Civil Veterinary Department Bihar & Orissa reports 1929-36 - 1929-1936
Year: 1929
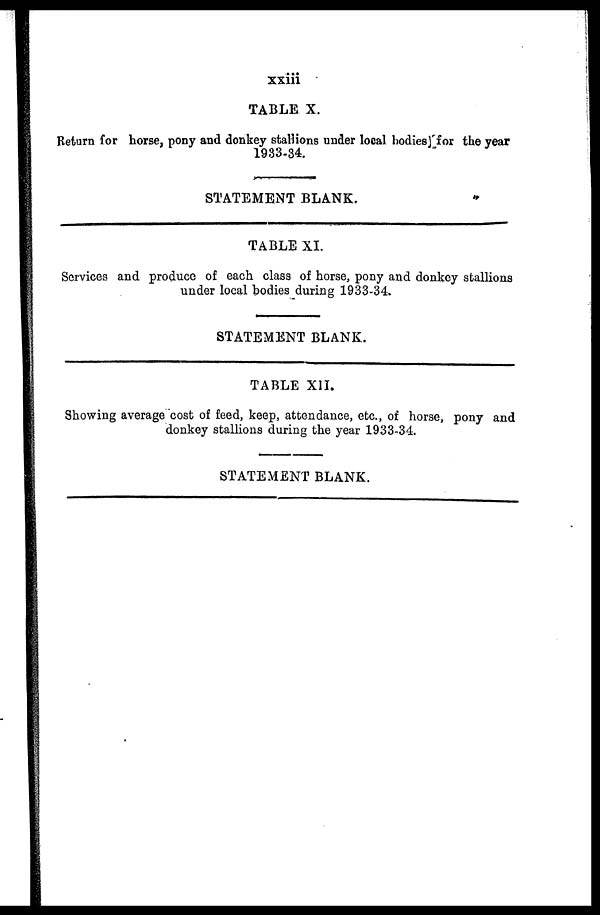
xxiii
TABLE X.
Return for horse, pony and donkey stallions under local bodies for the year
1933-34.
STATEMENT BLANK.
TABLE XI.
Services and produce of each class of horse, pony and donkey stallions
under local bodies during 1933-34.
STATEMENT BLANK.
TABLE XII.
Showing average cost of feed, keep, attendance, etc., of horse, pony and
donkey stallions during the year 1933-34.
STATEMENT BLANK.